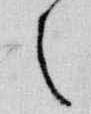
之